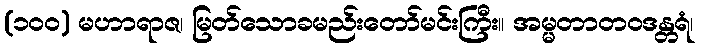
(၁၀၀) မဟာရာဇ၊ မြတ်သောခမည်းတော်မင်းကြီး။ အမ္မတာတဝဒန္တရံ၊